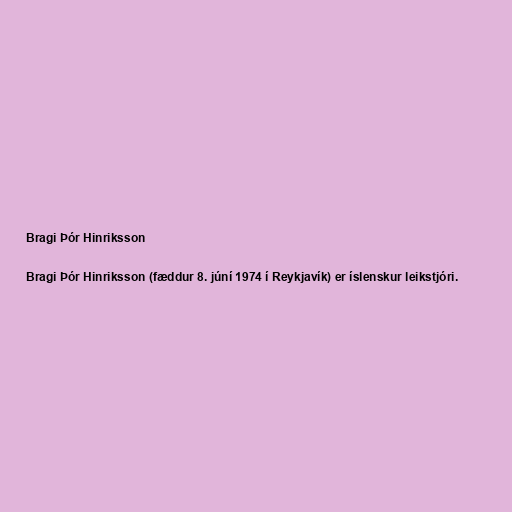
Bragi Þór Hinriksson

Bragi Þór Hinriksson (fæddur 8. júní 1974 í Reykjavík) er íslenskur leikstjóri.